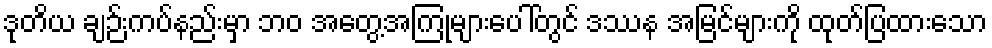
ဒုတိယ ချဉ်းကပ်နည်းမှာ ဘဝ အတွေ့အကြုံများပေါ်တွင် ဒဿန အမြင်များကို ထုတ်ပြထားသော